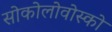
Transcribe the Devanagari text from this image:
सोकोलोवोस्को